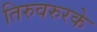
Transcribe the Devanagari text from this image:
तिरुवरुरके